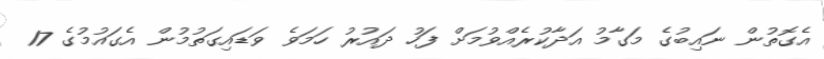
އެގޮތުން ނައިބުގެ މަގާމު އަދާކުރެއްވުމަށް ފަހު ދައުރު ހަމަވެ ވަޑައިގަތުމުން އެގައުމުގެ 17